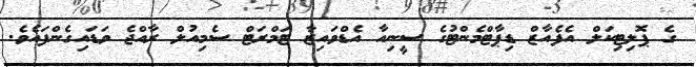
ގެ ޕޮލިޓިކަލް އެފެއާޒް ޑިޕާޓްމެންޓުގެ ސީނިއާ އެޑްވައިޒާ ޓަމްރަޓް ސެމިއުލް ރާއްޖެ ވަޑައިގެންފައެވެ.